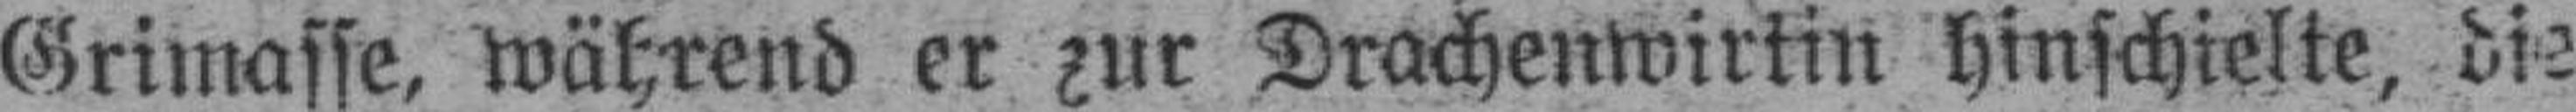
Grimasse, während er zur Drachenwirtin hinschielte, die